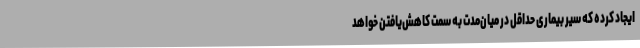
ایجاد کرده که سیر بیماری حداقل در میان‌مدت به سمت کاهش‌یافتن خواهد